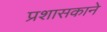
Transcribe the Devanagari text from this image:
प्रशासकाने